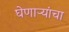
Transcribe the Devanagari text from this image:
घेणाऱ्यांचा